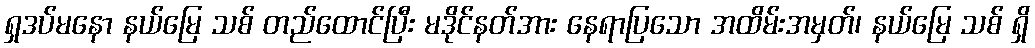
ရှဒပ်မနော နယ်မြေ သစ် တည်ထောင်ပြီး မဒိုင်နတ်အား နေရာပြသော အထိမ်းအမှတ်၊ နယ်မြေ သစ် ရှိ